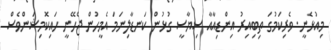
މިއުޅެނީ. ވެރިކަމުގަ ތިބިއިރު އިންޑިއާއާ ސިޔާސީ ގުޅުން ކަނޑާލިނަމަ އެމީހުން ޖެހޭނީ ހައިކޮމިޝަންވެސް